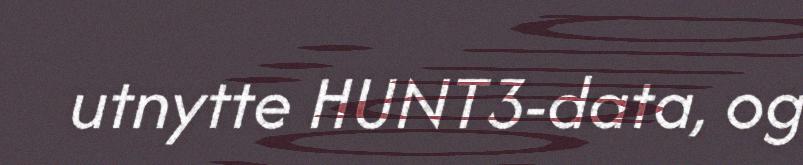
utnytte HUNT3-data, og